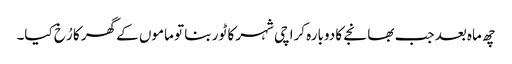
چھ ماہ بعد جب بھانجے کا دوبارہ کراچی شہر کا ٹور بنا تو ماموں کے گھر کا رُخ کیا۔